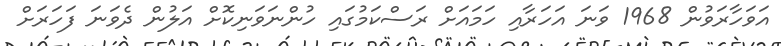
އަވަހާރަވުން 1968 ވަނަ އަހަރާއި ހަމައަށް ރަސްކަމުގައި ހުންނަވަނިކޮށް އަލުން ދެވަނަ ފަހަރަށް